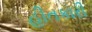
હીતકારી